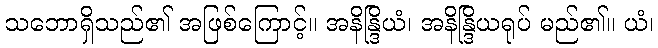
သဘောရှိသည်၏ အဖြစ်ကြောင့်။ အနိန္ဒြိယံ၊ အနိန္ဒြိယရုပ် မည်၏။ ယံ၊